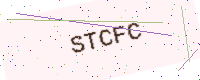
Text: STCFC